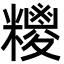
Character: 糭